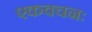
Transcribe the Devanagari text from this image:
एकवचनः